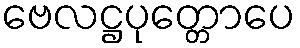
ဗေလဋ္ဌပုတ္တောပေ